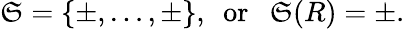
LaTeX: \mathfrak{S}=\{ \pm,\dots,\pm\} ,~~\mathrm{{or}}~~~\mathfrak{S}(R)=\pm.